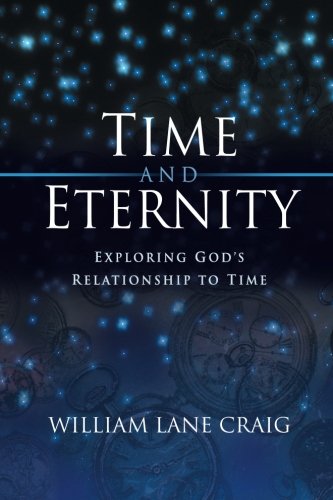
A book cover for Time and Eternity: Exploring God's Relationship to Time; William Lane Craig; Science & Math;